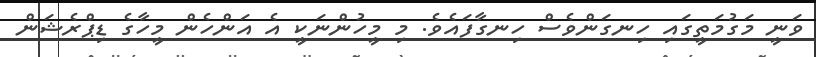
ވަނީ މަގުމަތީގައި ހިނގަންވެސް ހިނގާފައެވެ. މި މީހުންނަކީ އެ އަންހެން މީހާގެ ޑިޕްރެޝަން